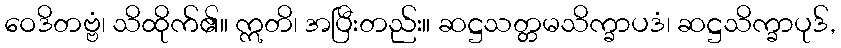
ဝေဒိတဗ္ဗံ၊ သိထိုက်၏။ ဣတိ၊ အပြီးတည်း။ ဆဋ္ဌသတ္တမသိက္ခာပဒံ၊ ဆဋ္ဌသိက္ခာပုဒ်,